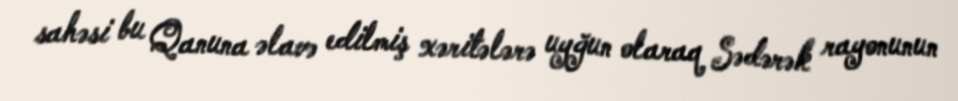
sahəsi bu Qanuna əlavə edilmiş xəritələrə uyğun olaraq Sədərək rayonunun